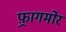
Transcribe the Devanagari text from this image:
फ़्रागमोर